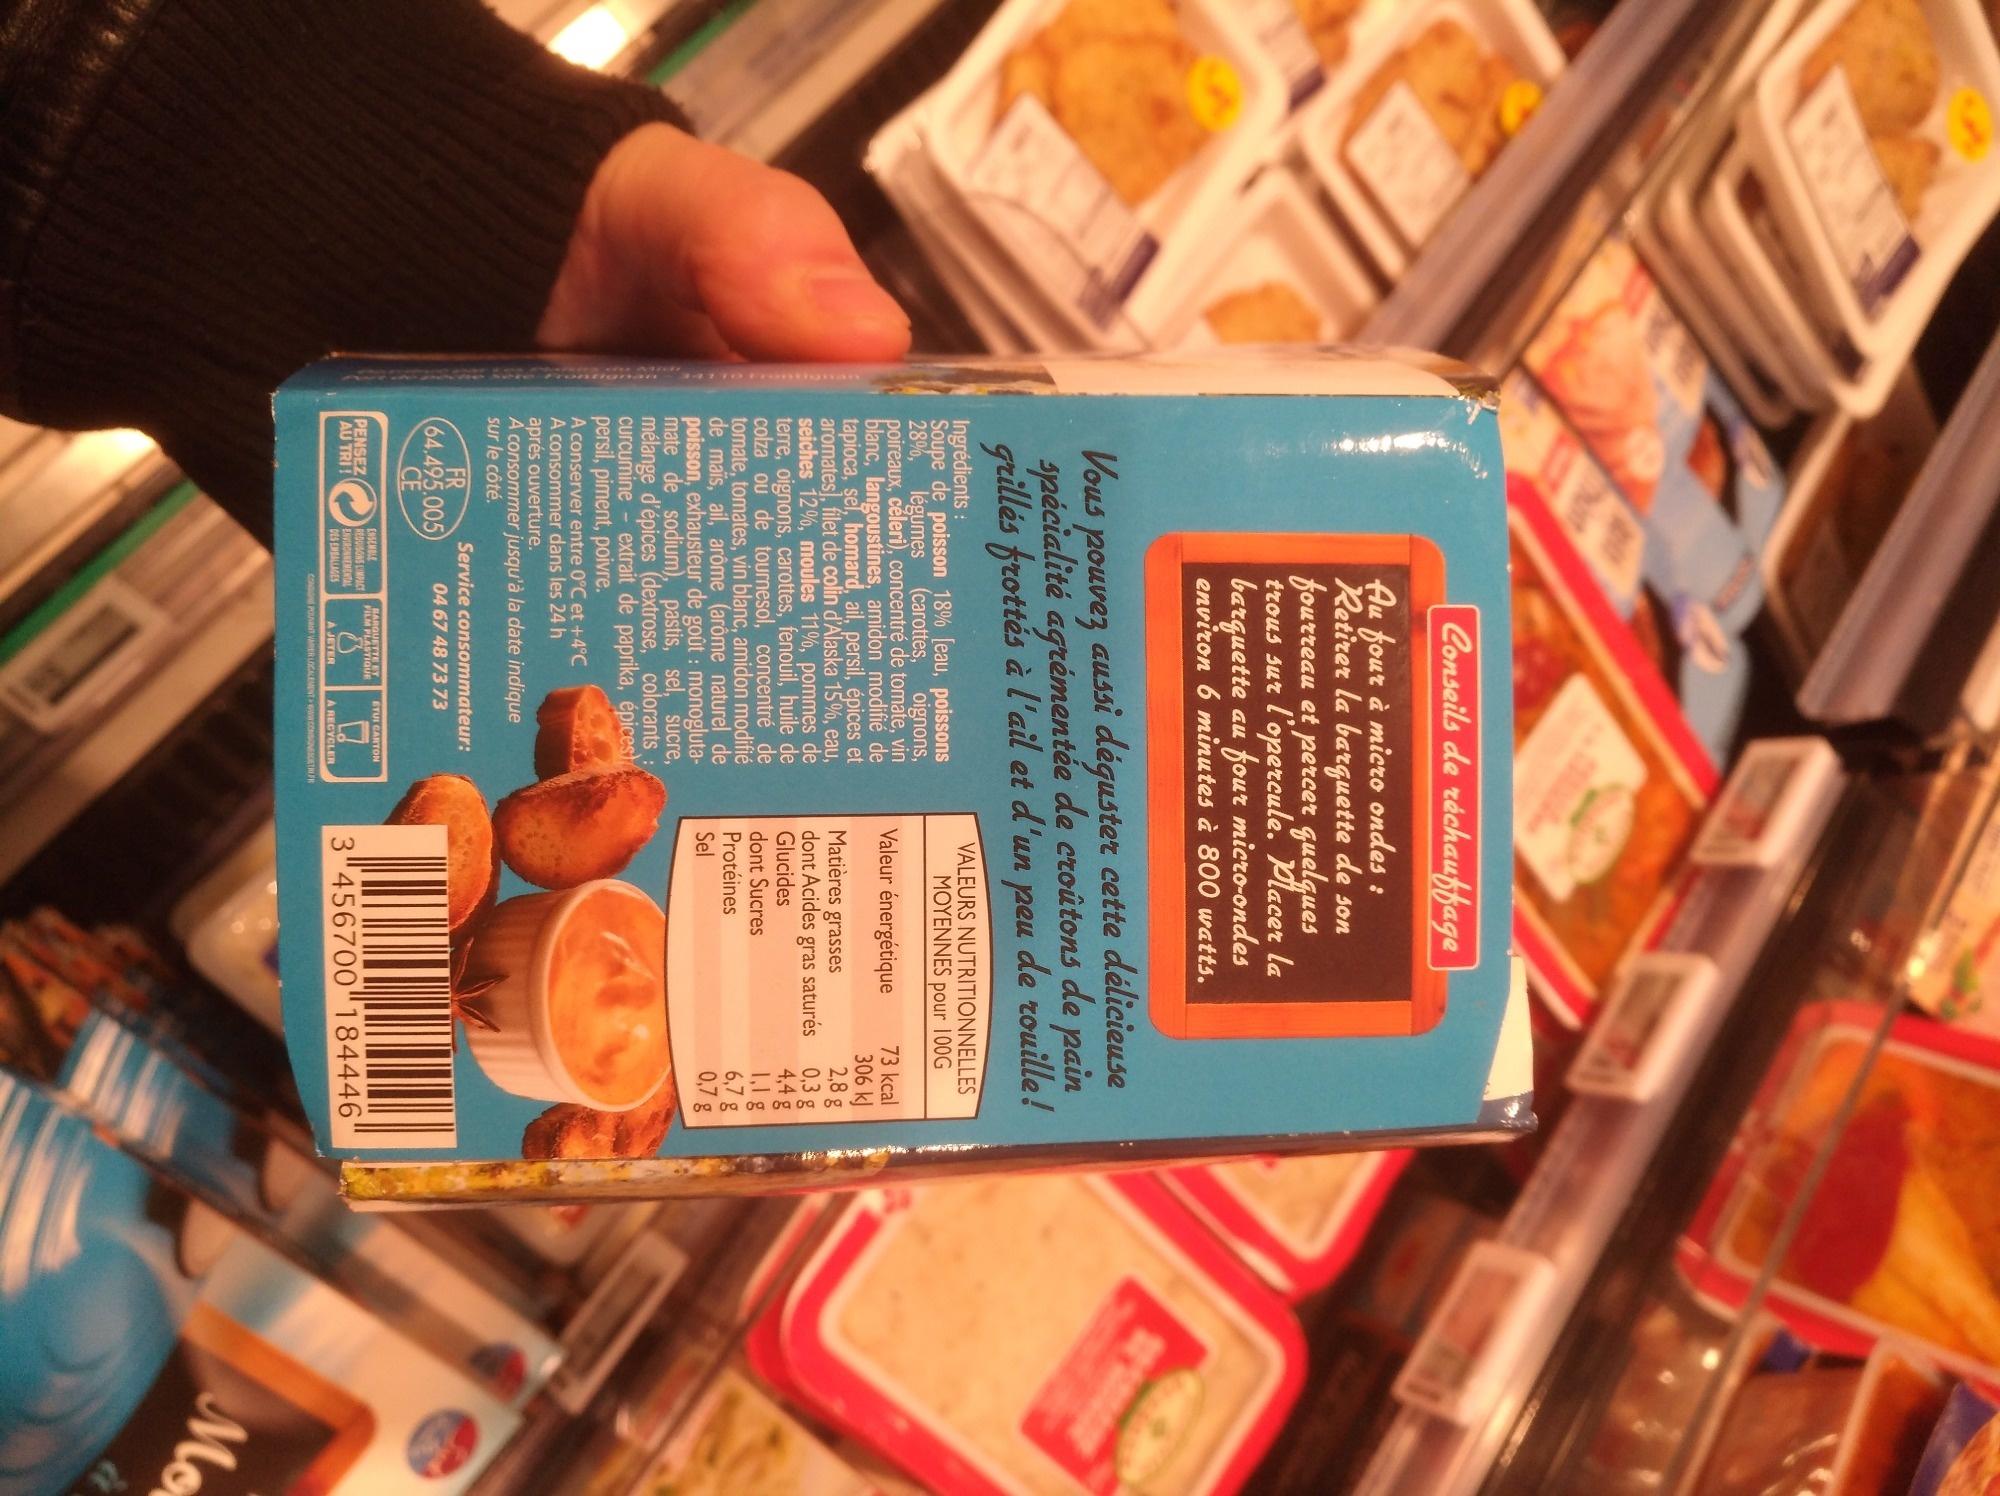
Vous pouvez aussi déguster cette délicieuse spécialité agrémentée de croûtons de pain grillés frottés à l'ail et d'un peu de rouille!
Conseils de réchauffage
Au four à micro ondes: Retirer la barquette de son fourreau et percer quelques trous sur l'opercule. Placer la barquette au four micro-ondes
environ 6 minutes à 800 watts.
Ingrédients :
Soupe de poisson 18% [eau, poissons 28%, légumes (carottes, oignons, poireaux, celeri), concentré de tomate, vin blanc, ngoustines, amidon modifié de tapioca, sel, homard, ail, persil, épices et aromates], filet de colin d'Alaska 15%, eau, seiches 12%, moules 11%, pommes de terre, oignons, carottes, fenouil, huile de colza ou de tournesol, concentré de tomate, tomates, vin blanc, amidon modifié de maïs, ail, arôme (arôme naturel de poisson, exhausteur de goût : monoglutamate de sodium), pastis, sel, sucre, mélange d'épices (dextrose, colorants curcumine - extrait de paprika, épices) persil, piment, poivre.
A conserver entre 0°C et +4°C
A consommer dans les 24 h
aprés ouverture.
A consommer jusqu'à la date indique
sur le côté.
FR (64.495.005) CE
PENSEZ AU TRI!
Service consommateur:
04 67 48 73 73
ENSEMBLE REDUISONS LIMPACT ENVIRONNEMENTAL
DES EMBALLAGES
TE
ETUI CARTON
A JETER
A RECYCLER
CONSIONE POUVANT VARER LOCALEMENT www.CONSONESETRI FR
VALEURS NUTRITIONNELLES MOYENNES pour 100G
Valeur énergétique
Matières grasses dont Acides Glucides
dont Sucres Protéines
Sel
gras saturés
73 kcal
306 kJ
2,8 g
0,3 g
4,4 g
1,1 g
6,7 g 0,7 g
456700"184446
Mor